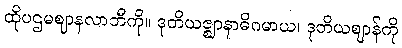
ထိုပဌမဈာနလာဘီကို။ ဒုတိယဇ္ဈာနာဓိဂမာယ၊ ဒုတိယဈာန်ကို